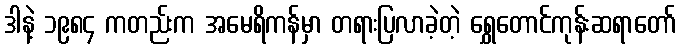
ဒါနဲ့ ၁၉၈၄ ကတည်းက အမေရိကန်မှာ တရားပြလာခဲ့တဲ့ ရွှေတောင်ကုန်းဆရာတော်